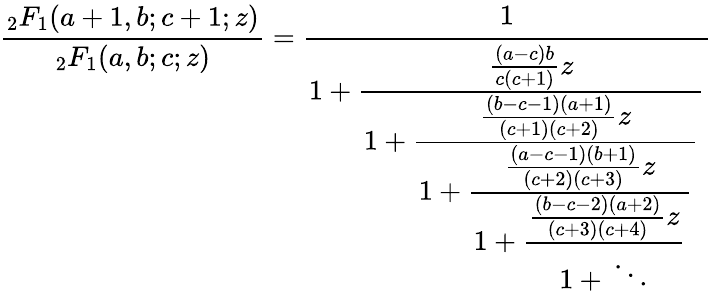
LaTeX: {\frac{{}_{2}F_{1}(a+1,b;c+1;z)}{{}_{2}F_{1}(a,b;c;z)}}={\cfrac{1}{1+{\cfrac{{\frac{(a-c)b}{c(c+1)}}z}{1+{\cfrac{{\frac{(b-c-1)(a+1)}{(c+1)(c+2)}}z}{1+{\cfrac{{\frac{(a-c-1)(b+1)}{(c+2)(c+3)}}z}{1+{\cfrac{{\frac{(b-c-2)(a+2)}{(c+3)(c+4)}}z}{1+{}\ddots}}}}}}}}}}